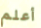
أعلم